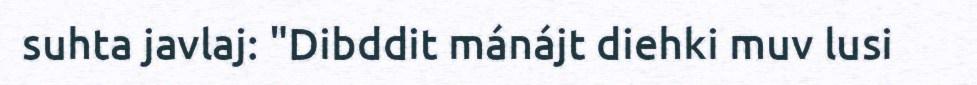
suhta javlaj: "Dibddit mánájt diehki muv lusi